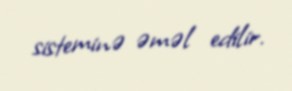
sisteminə əməl edilir.